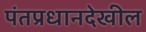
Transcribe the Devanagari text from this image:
पंतप्रधानदेखील